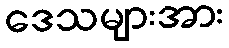
ဒေသများအား